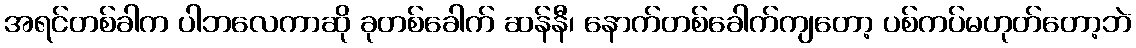
အရင်တစ်ခါက ပါဘလေကာဆို ခုတစ်ခေါက် ဆန်နီ၊ နောက်တစ်ခေါက်ကျတော့ ပစ်ကပ်မဟုတ်တော့ဘဲ